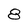
Character: 8